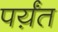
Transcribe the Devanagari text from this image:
पर्य़ंत